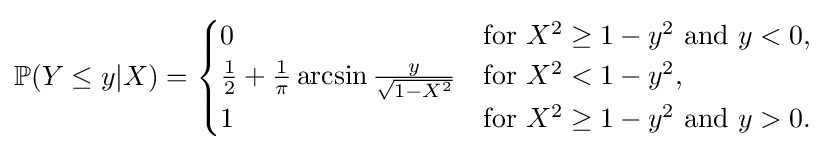
\mathbb {P} (Y\leq y|X)={\begin{cases}0&{\text{for }}X^{2}\geq 1-y^{2}{\text{ and }}y<0,\\{\frac {1}{2}}+{\frac {1}{\pi }}\arcsin {\frac {y}{\sqrt {1-X^{2}}}}&{\text{for }}X^{2}<1-y^{2},\\1&{\text{for }}X^{2}\geq 1-y^{2}{\text{ and }}y>0.\end{cases}}